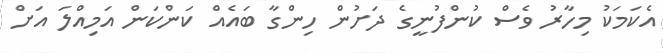
އެކަމަކު މިހާރު ވެސް ކުންފުނީގެ ދަށުން ހިންގާ ބައެއް ކަންކަން އަމިއްލަ އަށް